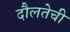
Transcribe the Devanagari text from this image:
दौलतेची